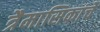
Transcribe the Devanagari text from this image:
त्रैमासिकांचे